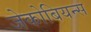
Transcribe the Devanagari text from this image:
जेकोबियन्स